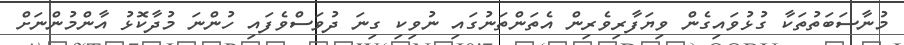
މުނާސަބަތުތަކާ ގުޅުވައިގެން ވިޔަފާރިވެރިން އެތަންތަނުގައި ނުވިކި ގިނަ ދުވަސްވެފައި ހުންނަ މުދާކޮޅު އާންމުންނަށް